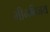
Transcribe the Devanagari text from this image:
भीमविजय